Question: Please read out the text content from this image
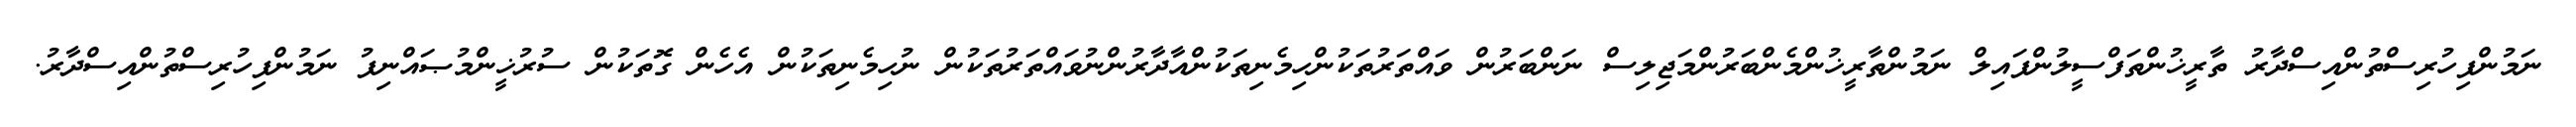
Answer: ނަމުންފިހުރިސްތުންއިސްދާރު ތާރީޚުންތަފްސީލުންފައިލް ނަމުންތާރީޚުންމެންބަރުންމަޖިލިސް ނަންބަރުން ވައްތަރުތަކުންހިމެނިތަކުންއާދާރުންނުވައްތަރުތަކުން ނުހިމެނިތަކުން އެހެން ގޮތަކުން ސުރުޚީންމުޞައްނިފު ނަމުންފިހުރިސްތުންއިސްދާރު.